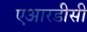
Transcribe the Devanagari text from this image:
एआरडीसी